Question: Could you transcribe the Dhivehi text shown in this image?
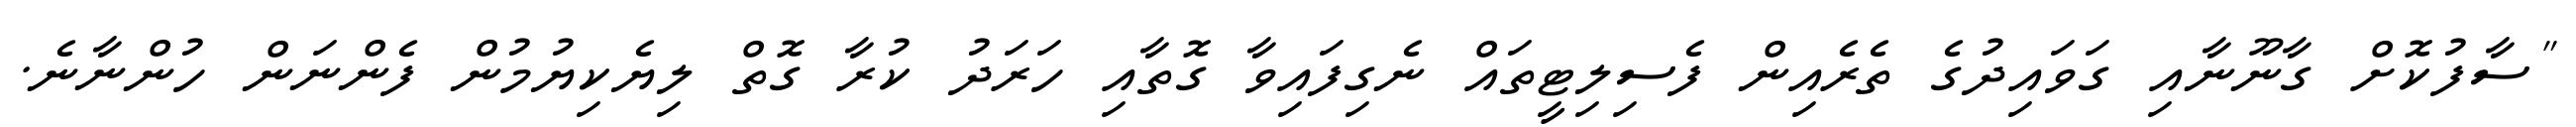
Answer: "ސާފުކޮށް ގާނޫނާއި ގަވައިދުގެ ތެރެއިން ފެސިލިޓީތައް ނެގިފައިވާ ގޮތާއި ހަރަދު ކުރާ ގޮތް ލިޔެކިޔުމުން ފެންނަން ހުންނާނެ.